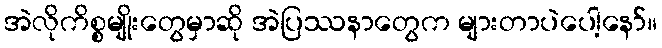
အဲလိုကိစ္စမျိုးတွေမှာဆို အဲပြဿနာတွေက များတာပဲပေါ့နော်။